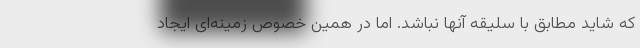
که شاید مطابق با سلیقه آنها نباشد. اما در همین خصوص زمینه‌ای ایجاد